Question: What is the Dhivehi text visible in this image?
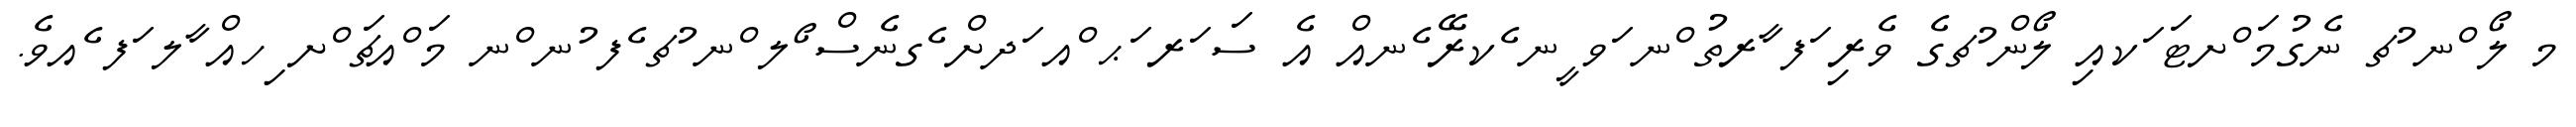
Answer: މ ލޯ ްނ ުޗ ނެގުމަ ްށޓަ ަކއި ލޯން ުޗގެ ވެރި ަފ ާރތު ްނ ަވ ީނ ެކރޭ ެނއް އެ ސަ ަރ ަޙ ްއ ަދށް ެގނެސް ޯލ ްނ ުޗ ެފ ުނ ްނ މަ ްއޗަ ްށ ިހއް ާލ ަފ ެއވެ.